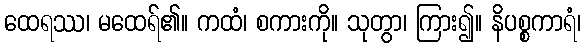
ထေရဿ၊ မထေရ်၏။ ကထံ၊ စကားကို။ သုတွာ၊ ကြား၍။ နိပစ္စကာရံ၊